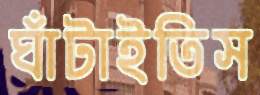
ঘাঁটাইতিস